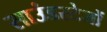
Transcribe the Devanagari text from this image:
साउंडस्टेजों